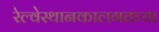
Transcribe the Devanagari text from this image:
रेल्वेस्थानकालगतच्या